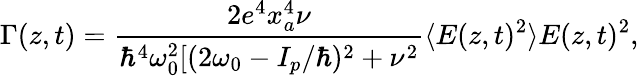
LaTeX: \Gamma(z,t)=\frac{2e^{4}x_{a}^{4}\nu}{\hbar^{4}\omega_{0}^{2}[(2\omega_{0}-I_{p}/\hbar)^{2}+\nu^{2}}\langle E(z,t)^{2}\rangle E(z,t)^{2},